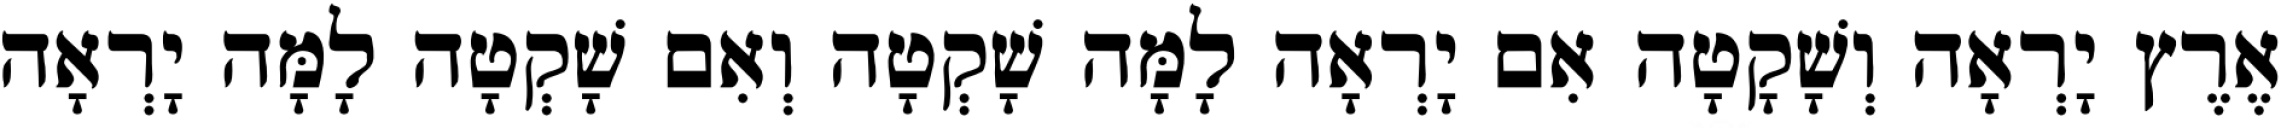
אֶרֶץ יָרְאָה וְשָׁקָטָה אִם יָרְאָה לָמָּה שָׁקְטָה וְאִם שָׁקְטָה לָמָּה יָרְאָה